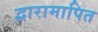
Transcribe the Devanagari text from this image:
द्वारामापित